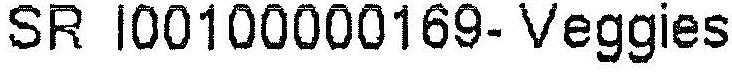
SR I00100000169- VEGGIES